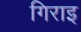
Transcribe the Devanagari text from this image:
गिराइ